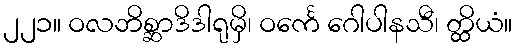
၂၂၁။ ဝလဘိစ္ဆာဒိဒါရုမှိ၊ ဝင်္ကေ ဂေါပါနသီ၊ တ္ထိယံ။